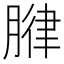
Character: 𫆧